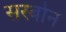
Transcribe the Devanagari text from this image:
सरबोन